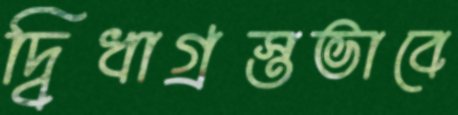
দ্বিধাগ্রস্তভাবে